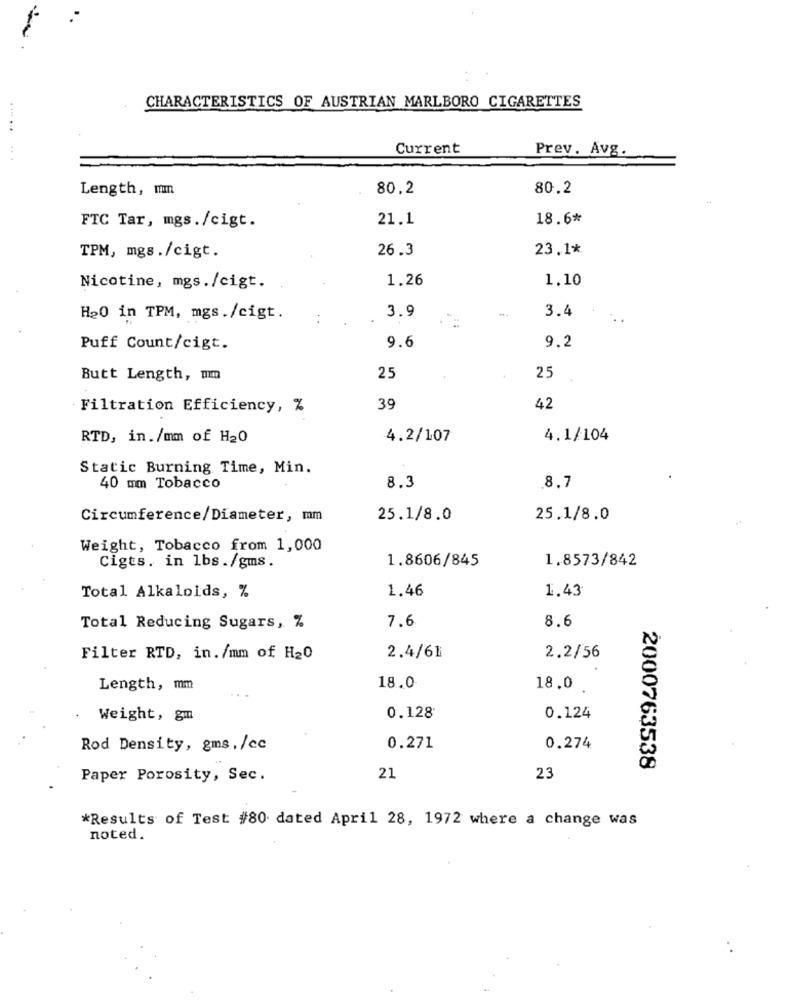
CHARACTERISTICS OF AUSTRIAN MARLBORO CIGARETTES
.... ...
Current
Prev. Avg.
44
Length, mn
80,2
80.2
21.1
18.6*
FTC Tar, mgs./cigt.
26.3
23.1*
TPM, mgs./cigt.
1.26
1.10
Nicotine, mgs./cigt.
3.4
H20 in TPM, mgs./cigt.
..
3.9
9.2
Puff Count/cigt.
9.6
Butt Length, mm
25
25
Filtration Efficiency, %
39
42
RTD, in./mm of H20
4.2/107
4.1/104
Static Burning Time, Min.
40 mm Tobacco
8.3
8.7
Circumference/Diameter, mm
25.1/8.0
25.1/8.0
Weight, Tobacco from 1,000
Cigts. in lbs./gms.
1.8606/845
1.8573/842
Total Alkaloids, %
1.46
1.43
Total Reducing Sugars, %
7.6
8.6
Filter RTD, in./mm of H20
2.4/61
2.2/56
Length, mm
18.0
18.0
Weight, gm
0.128
0.124
Rod Density, gms, /cc
0.271
0.274
2000763538
Paper Porosity, Sec.
21
23
*Results of Test #80 dated April 28, 1972 where a change was
noted.